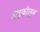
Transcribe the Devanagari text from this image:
टाइकोजुन